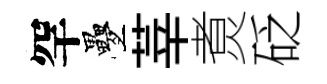
罕疊莘煑砭